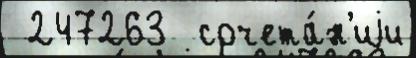
 247263  сочета́н'иjи